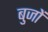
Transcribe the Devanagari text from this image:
बुजों